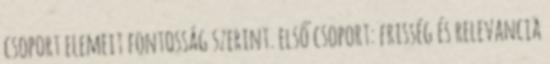
csoport elemeit fontosság szerint. első csoport: frisség és relevancia